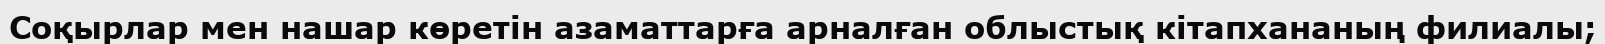
Соқырлар мен нашар көретін азаматтарға арналған облыстық кітапхананың филиалы;